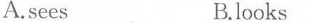
A.sees B.looks